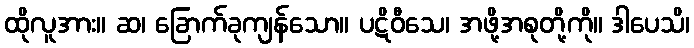
ထိုလူအား။ ဆ၊ ခြောက်ခုကျန်သော။ ပဋိဝီသေ၊ အဖို့အစုတို့ကို။ ဒါပေသိ၊